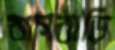
বাগবাড়ি